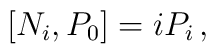
\left[N_{i},P_{0}\right] = i P_{i}\, ,